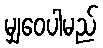
မျှဝေပါမည်